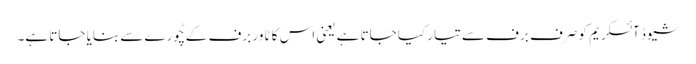
شیوڈ آئسکریم کو صرف برف سے تیار کیا جاتا ہے یعنی اس کا ٹاور برف کے چُورے سے بنایا جاتا ہے۔